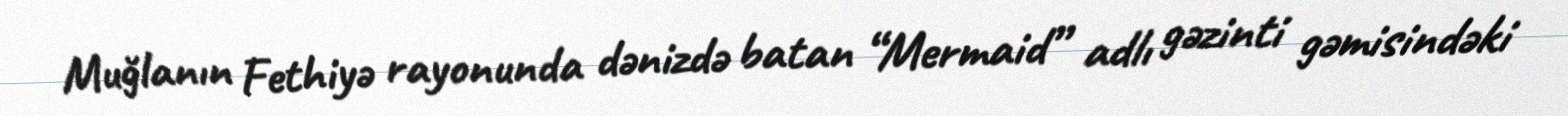
Muğlanın Fethiyə rayonunda dənizdə batan “Mermaid” adlı gəzinti gəmisindəki